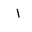
Letter: _alif